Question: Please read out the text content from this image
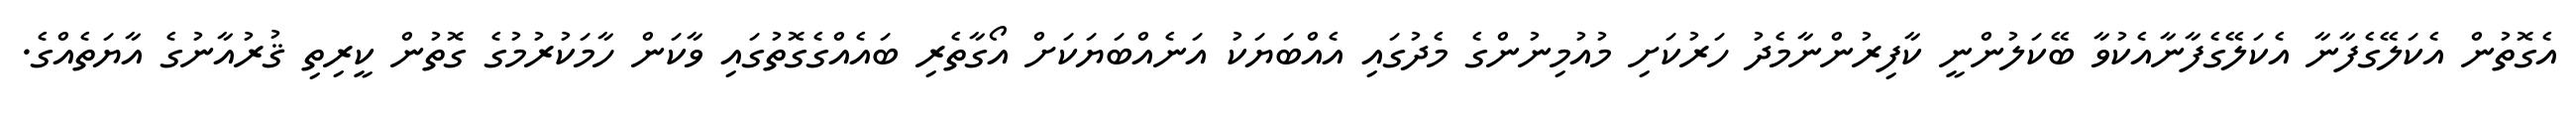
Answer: އެގޮތުން އެކަލޭގެފާނާ އެކަލޭގެފާނާއެކުވާ ބޭކަލުންނީ ކާފިރުންނާމެދު ހަރުކަށި މުއުމިނުންގެ މެދުގައި އެއްބަޔަކު އަނެއްބަޔަކަށް އޯގާތެރި ބައެއްގެގޮތުގައި ވާކަން ހާމަކުރުމުގެ ގޮތުން ކީރިތި ޤުރުއާނުގެ އާޔަތެއްގެ.